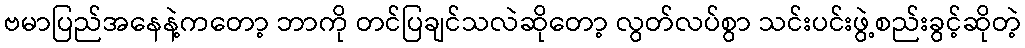
ဗမာပြည်အနေနဲ့ကတော့ ဘာကို တင်ပြချင်သလဲဆိုတော့ လွတ်လပ်စွာ သင်းပင်းဖွဲ့စည်းခွင့်ဆိုတဲ့